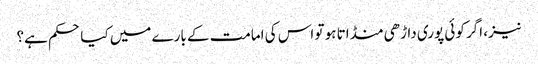
نیز، اگر کوئی پوری داڑھی منڈاتا ہو تو اس کی امامت کے بارے میں کیا حکم ہے؟